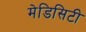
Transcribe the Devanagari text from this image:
मेडिसिटी